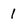
Character: 1